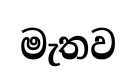
මැතව